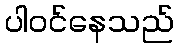
ပါဝင်နေသည်